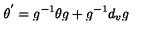
\theta ^ { ' } = g ^ { - 1 } \theta g + g ^ { - 1 } d _ { v } g